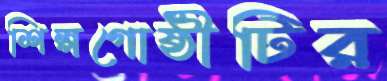
শিল্পগোষ্ঠীটির